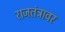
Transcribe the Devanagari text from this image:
राजतंत्रावर